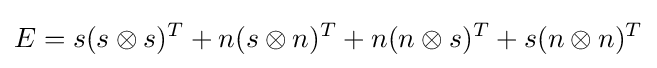
E=s(s\otimes s)^{T}+n(s\otimes n)^{T}+n(n\otimes s)^{T}+s(n\otimes n)^{T}